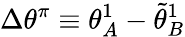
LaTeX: \Delta\theta^{\pi}\equiv{\theta}_{A}^{1}-\tilde{\theta}_{B}^{1}